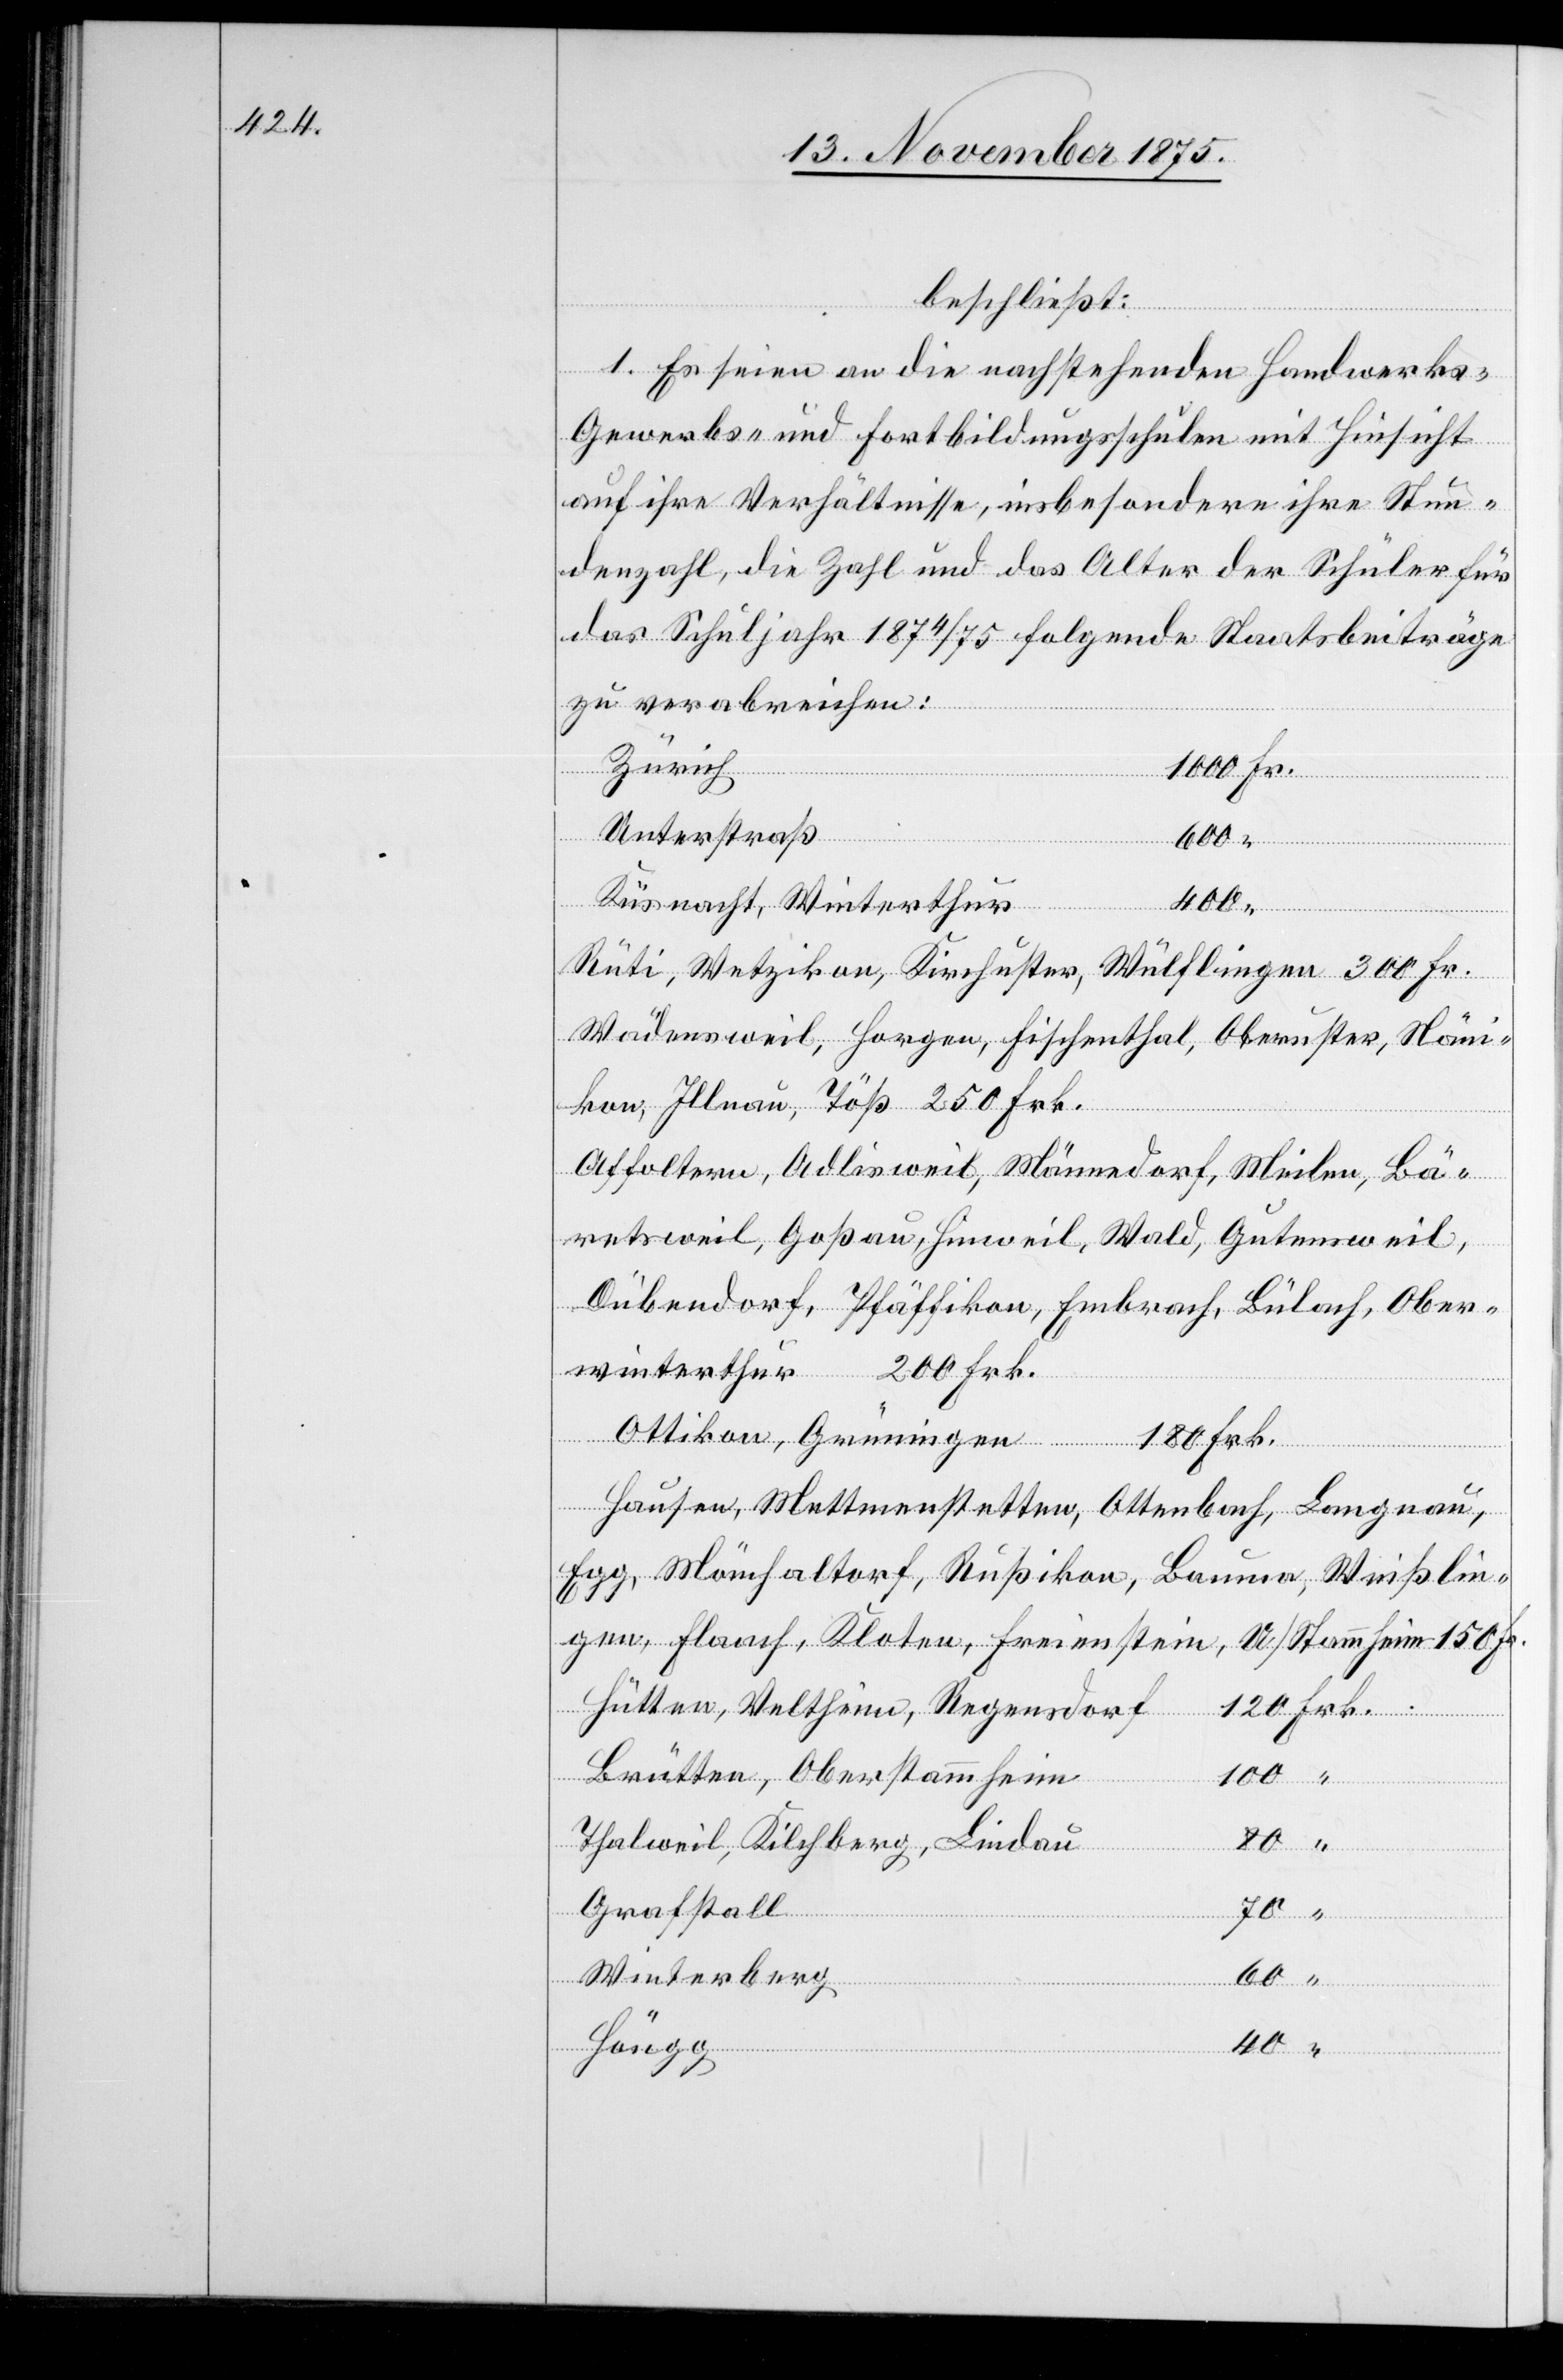
beschließt:
“
1. Es seien an die nachstehenden Handwerks-[,]
Gewerbs- und Fortbildungsschulen mit Hinsicht
auf ihre Verhältnisse, insbesondere ihre Stun¬
denzahl, die Zahl und das Alter der Schüler für
das Schuljahr 1874/75 folgende Staatsbeiträge
zu verabreichen:
Zürich
Unterstraß
600
400
Küsnacht, Winterthur
Rüti, Wetzikon, Kirchuster, Wülflingen 300 Fr.
Wädensweil, Horgen, Fischenthal, Oberuster, Näni¬
kon, Illnau, Töß 250 Frk.
Affoltern, Adlisweil, Männedorf, Meilen, Bä¬
retsweil, Goßau, Hinweil, Wald, Gutensweil,
Dübendorf, Pfäffikon, Embrach, Bülach, Ober¬
winterthur 200 Frk.
Frk.
Ottikon, Grüningen
180 Frk.
Hausen, Mettmenstetten, Ottenbach, Langnau,
Egg, Mönchaltorf, Rußikon, Bauma, Weißlin¬
gen, Flaach, Kloten, Freienstein, U./Stammheim 150 Fr.
Hütten, Veltheim, Regensdorf
Brütten, Oberstammheim
Thalweil, Kilchberg, Lindau
“
Grafstall
40
“
Winterberg
120
Höngg